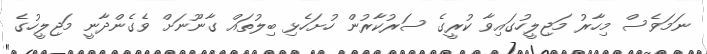
ނަމަވެސް މިހާރު މަޖިލީހުގައިވާ ކުރީގެ ސަރުކާރުން ހުށަހެޅި ބިލުތައް ގާނޫނަށް ވެގެންދާނީ މަޖިލީހުގެ